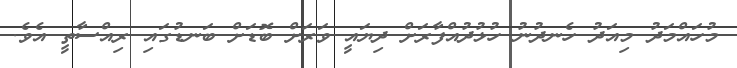
މުހައްމަދު މިއަދު ހެނދުނު ހުޅުދުއްފާރަށް ދިޔައީ ވަރަށް ބޮޑަށް ބަނޑުގައި ރިއްސާތީ އެވެ.